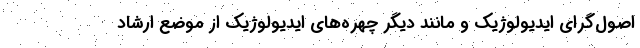
اصول‌گرای ایدیولوژیک و مانند دیگر چهره‌های ایدیولوژیک از موضع ارشاد